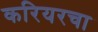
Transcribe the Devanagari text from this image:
करियरचा